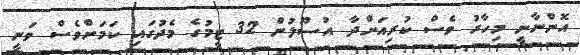
އޮންނާނީ މިހާރު ވެސް ކުރިއަށްދާ އުސޫލުން 32 ޓީމުގެ މެދުގައި ކަމަށްވެސް ވަނީ